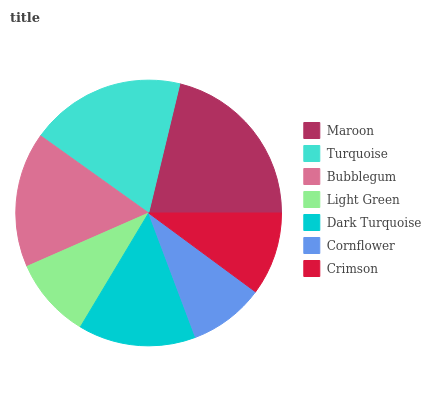
| Maroon | Turquoise | Bubblegum | Light Green | Dark Turquoise | Cornflower | Crimson |
 | --- | --- | --- | --- | --- | --- | --- |
 | 21.2% | 19% | 16.4% | 9.84% | 14.3% | 9.16% | 10.1% |